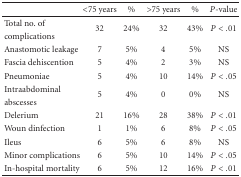
<table><thead><tr><td></td><td><b>&lt;75 years</b></td><td><b>%</b></td><td><b>&gt;75 years</b></td><td><b>%</b></td><td><b><i>P</i>-value</b></td></tr></thead><tbody><tr><td>Total no. of complications</td><td>32</td><td>24%</td><td>32</td><td>43%</td><td><i>P</i> &lt; .01</td></tr><tr><td>Anastomotic leakage</td><td>7</td><td>5%</td><td>4</td><td>5%</td><td>NS</td></tr><tr><td>Fascia dehiscention</td><td>5</td><td>4%</td><td>2</td><td>3%</td><td>NS</td></tr><tr><td>Pneumoniae</td><td>5</td><td>4%</td><td>10</td><td>14%</td><td><i>P</i> &lt; .05</td></tr><tr><td>Intraabdominal abscesses</td><td>5</td><td>4%</td><td>0</td><td>0%</td><td>NS</td></tr><tr><td>Delerium</td><td>21</td><td>16%</td><td>28</td><td>38%</td><td><i>P</i> &lt; .01</td></tr><tr><td>Woun dinfection</td><td>1</td><td>1%</td><td>6</td><td>8%</td><td><i>P</i> &lt; .05</td></tr><tr><td>Ileus</td><td>6</td><td>5%</td><td>6</td><td>8%</td><td>NS</td></tr><tr><td>Minor complications</td><td>6</td><td>5%</td><td>10</td><td>14%</td><td><i>P</i> &lt; .05</td></tr><tr><td>In-hospital mortality</td><td>6</td><td>5%</td><td>12</td><td>16%</td><td><i>P</i> &lt; .01</td></tr></tbody></table>